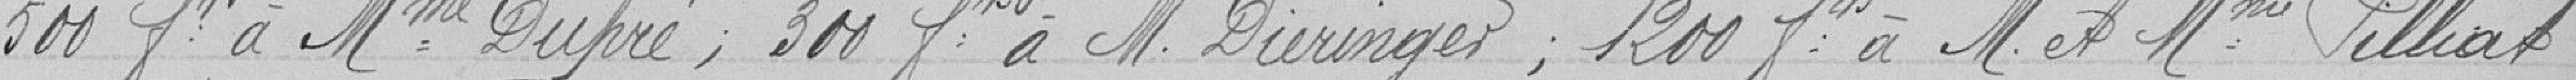
500 francs à Madame Dupré; 300 francs à Monsieur Dieringer; 1200 francs à Monsieur et Madame Pilliat,